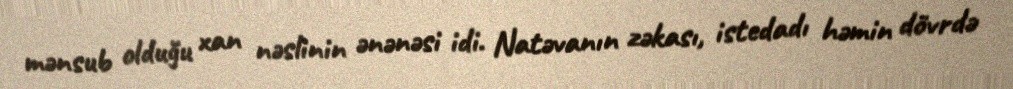
mənsub olduğu xan nəslinin ənənəsi idi. Natəvanın zəkası, istedadı həmin dövrdə